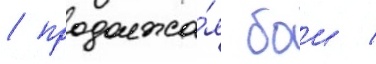
/ продолжа́я бои /